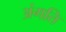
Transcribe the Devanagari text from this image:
अंगति